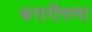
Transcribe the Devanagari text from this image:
करारीपणा